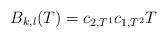
LaTeX: \begin{align*}B_{k,l} (T) = c_{2,T^1} c_{1,T^2} T\end{align*}